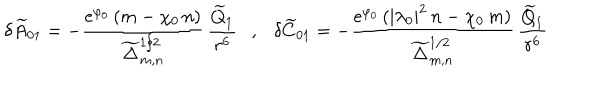
\delta { \widetilde A } _ { 0 1 } = - \frac { \mathrm { e } ^ { \varphi _ { 0 } } \, ( m - \chi _ { 0 } \, n ) } { { \widetilde \Delta } _ { m , n } ^ { 1 / 2 } } \, \frac { { \widetilde Q } _ { 1 } } { r ^ { 6 } } , \delta { \widetilde C } _ { 0 1 } = - \frac { \mathrm { e } ^ { \varphi _ { 0 } } \, ( | \lambda _ { 0 } | ^ { 2 } \, n - \chi _ { 0 } \, m ) } { { \widetilde \Delta } _ { m , n } ^ { 1 / 2 } } \, \frac { { \widetilde Q } _ { 1 } } { r ^ { 6 } }